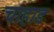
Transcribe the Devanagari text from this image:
चाहाड